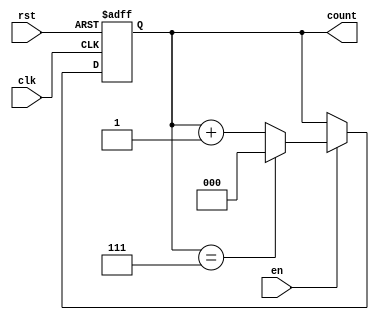
module windowed_counter #(
    parameter WINDOW_SIZE = 8  // Parameter to define the window size (maximum count value)
)(
    input wire clk,             // Clock signal
    input wire rst,             // Reset signal
    input wire en,              // Enable signal
    output reg [$clog2(WINDOW_SIZE)-1:0] count // Count output
);

// Always block triggered on clock or reset
always @(posedge clk or posedge rst) begin
    if (rst) begin
        count <= 0;            // Reset the count to zero
    end
    else if (en) begin
        if (count == WINDOW_SIZE - 1) begin
            count <= 0;        // Wrap around if count reaches max value
        end
        else begin
            count <= count + 1; // Increment the count
        end
    end
end

endmodule